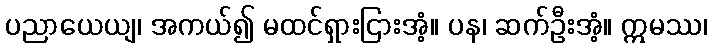
ပညာယေယျ၊ အကယ်၍ မထင်ရှားငြားအံ့။ ပန၊ ဆက်ဦးအံ့။ ဣမဿ၊